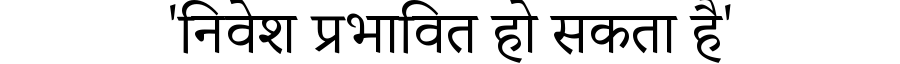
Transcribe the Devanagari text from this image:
'निवेश प्रभावित हो सकता है'